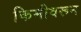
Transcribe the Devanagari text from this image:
किमीवरून